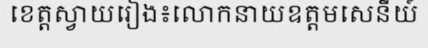
ខេត្តស្វាយរៀង៖លោកនាយឧត្តមសេនីយ៍